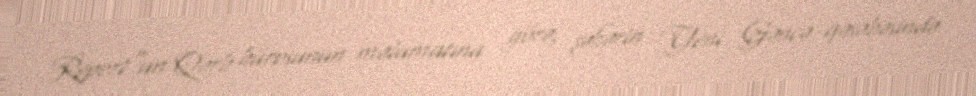
Report"un Qərb bürosunun məlumatına görə, şəhərin Yeni Gəncə qəsəbəsində